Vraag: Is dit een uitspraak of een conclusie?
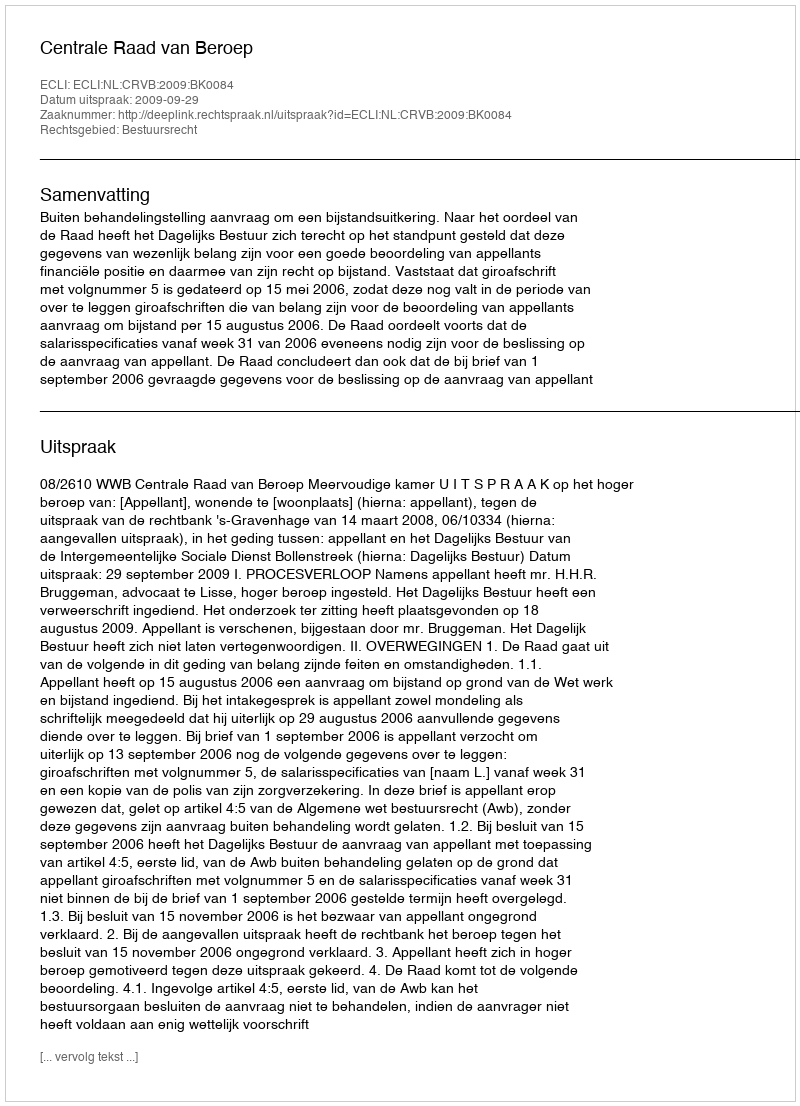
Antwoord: Uitspraak